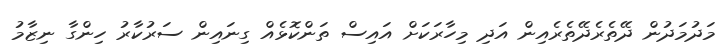
މަދުމަދުން ދޭތެރެދޭތެރެއިން އަދި މިހާރަކަށް އައިސް ތަންކޮޅެއް ގިނައިން ސަރުކާރު ހިންގާ ނިޒާމު